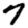
Digit: 7